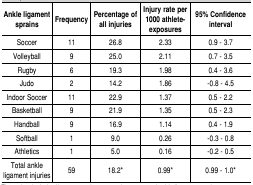
| Ankle ligament sprains | Frequency | Percentage of all injuries | Injury rate per 1000 athleteexposures | 95% Confidence interval |
 | --- | --- | --- | --- | --- |
 | Soccer | 11 | 26.8 | 2.33 | 0.9 - 3.7 |
 | Volleyball | 9 | 25.0 | 2.11 | 0.7 - 3.5 |
 | Rugby | 6 | 19.3 | 1.98 | 0.4 - 3.6 |
 | Judo | 2 | 14.2 | 1.86 | -0.8 - 4.5 |
 | Indoor Soccer | 11 | 22.9 | 1.37 | 0.5 - 2.2 |
 | Basketball | 9 | 21.9 | 1.35 | 0.5 - 2.3 |
 | Handball | 9 | 16.9 | 1.14 | 0.4 - 1.9 |
 | Softball | 1 | 9.0 | 0.26 | -0.3 - 0.8 |
 | Athletics | 1 | 5.0 | 0.16 | -0.2 - 0.5 |
 | Total ankle ligament injuries | 59 | 18.2* | 0.99* | 0.99 - 1.0* |